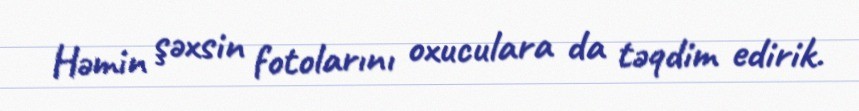
Həmin şəxsin fotolarını oxuculara da təqdim edirik.